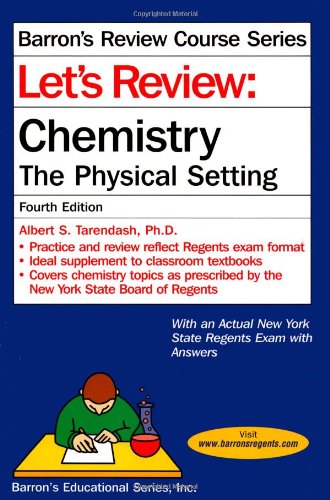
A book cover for Let's Review Chemistry: The Physical Setting, 4th Edition (Let's Review: Chemistry); Albert S. Tarendash; Test Preparation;